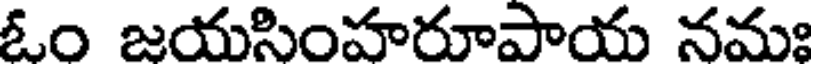
ఓం జయసింహరూపాయ నమః